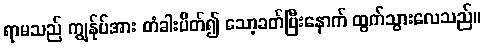
ရာမသည် ကျွန်ုပ်အား တံခါးပိတ်၍ သော့ခတ်ပြီးနောက် ထွက်သွားလေသည်။